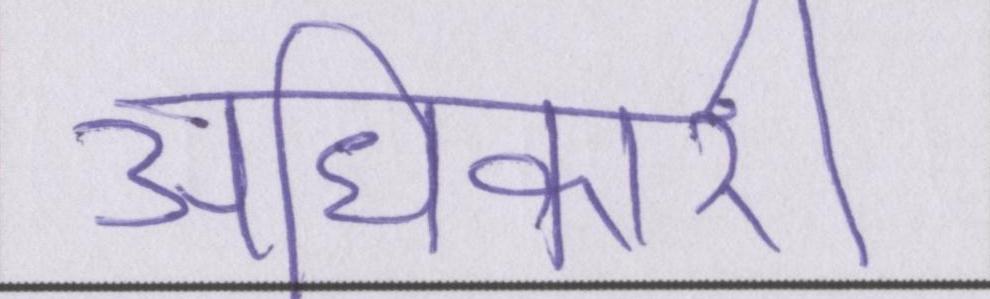
अधिकारी